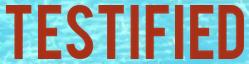
TESTIFIED